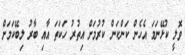
ވޮލީ ކުޅޭނަމަ އެހެން ކަންކަން ކުރުމަށް އިތުރު ހަކަތަ އާއި ބާރު ލިބޭކަމަށް